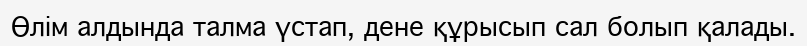
Өлім алдында талма үстап, дене құрысып сал болып қалады.